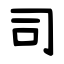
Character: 司